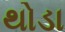
થોડા